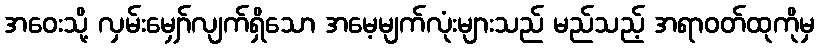
အဝေးသို့ လှမ်းမျှော်လျက်ရှိသော အမေ့မျက်လုံးများသည် မည်သည့် အရာဝတ်ထုကိုမှ